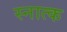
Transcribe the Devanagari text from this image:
स्नात्क